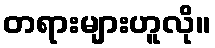
တရားများဟူလို။